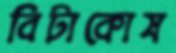
বিটাকোষ